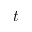
t